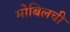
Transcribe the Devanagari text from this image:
मोबिलची